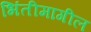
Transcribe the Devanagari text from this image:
भिंतीमागील